Riigikantselei, lk 9
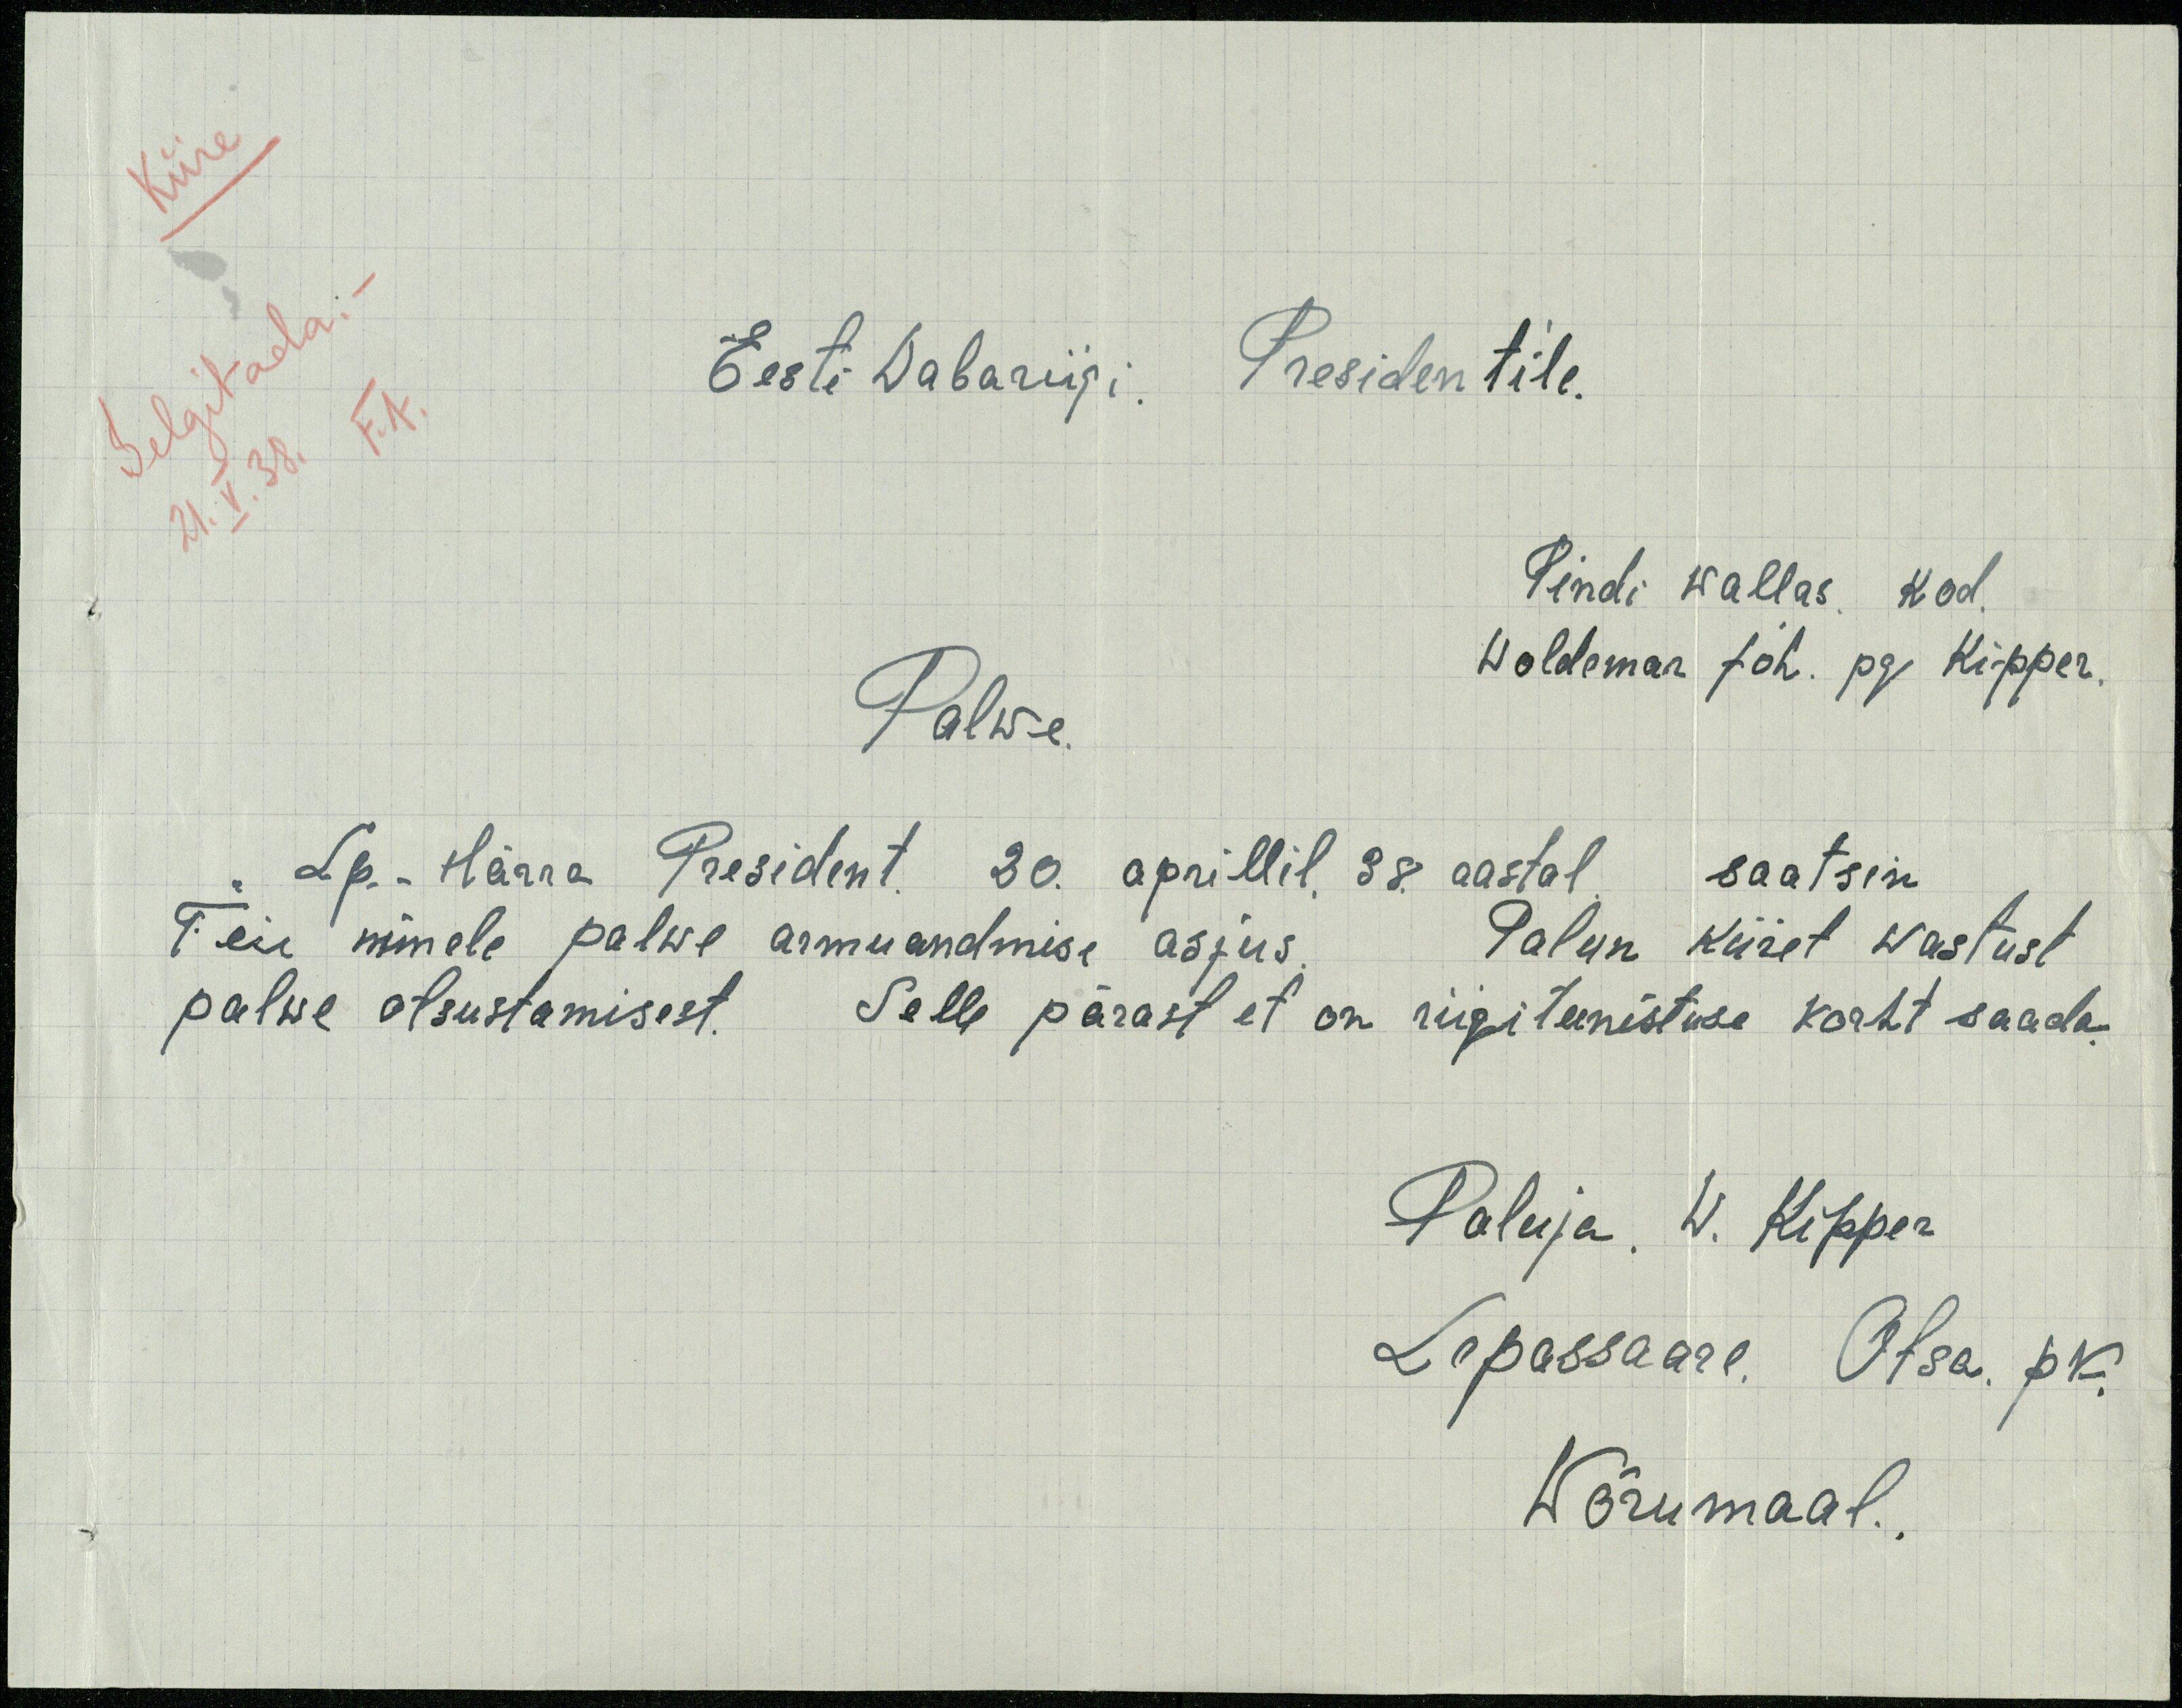
Kiire
Selgitada.-
Eesti Wabariigi. President'ile.
21.V.38. F.A.
Pindi wallas kod.
Palwe.
Woldemar Joh. pg Kipper.
Lp. Härra President. 20. aprillil. 38. aastal saatsin
Teie nimele palwe armuandmise asjus. Palun kiiret wastust
palwe otsustamisest. Selle pärast et on riigiteenistuse koht saada
Paluja. W. Kipper
Lepassaare. Otsa. pk.
Wõrumaal.